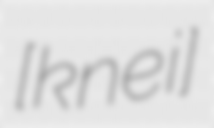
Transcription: [ˈkneːi̯]